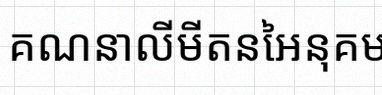
គណនាលីមីតនៃអនុគមន៍ខាងក្រោម